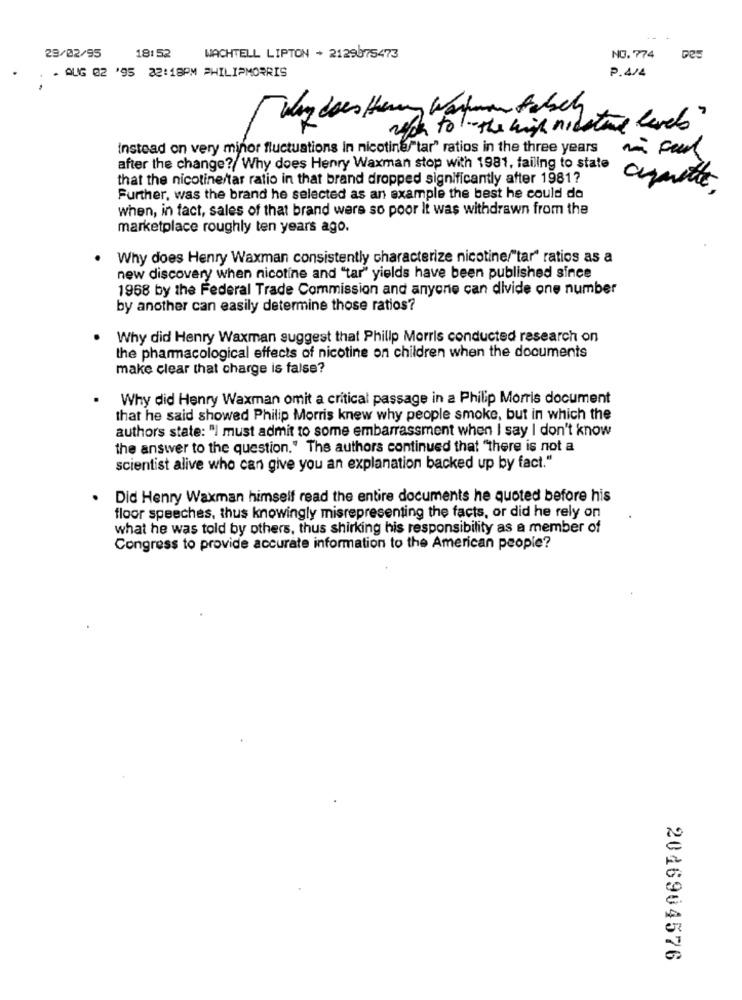
18: 52
23/02/95
WACHTELL LIPTON + 2129875473
NO.774
Des
P.4/4
.. AUG 02 '95 32:18PM PHILIPMORRIS
wych to"the high nicotine level"
Instead on very minor fluctuations In nicotine/"tar" ratios in the three years
after the change? Why does Henry Waxman stop with 1981, failing to state
that the nicotine/tar ratio in that brand dropped significantly after 1981?
aquitte
Further, was the brand he selected as an example the best he could do
when, in fact, sales of that brand were so poor It was withdrawn from the
marketplace roughly ten years ago.
Why does Henry Waxman consistently characterize nicotine/"tar" ratios as a
new discovery when nicotine and "tar" yields have been published since
1968 by the Federal Trade Commission and anyone can divide one number
by another can easily determine those ratios?
Why did Henry Waxman suggest that Philip Morris conducted research on
the pharmacological effects of nicotine on children when the documents
make clear that charge is false?
Why did Henry Waxman omit a critical passage in a Philip Morris document
that he said showed Philip Morris knew why people smoke, but in which the
authors state: "I must admit to some embarrassment when I say I don't know
the answer to the question." The authors continued that "there is not a
scientist alive who can give you an explanation backed up by fact."
Did Henry Waxman himself read the entire documents he quoted before his
floor speeches, thus knowingly misrepresenting the facts, or did he rely on
what he was told by others, thus shirking his responsibility as a member of
Congress to provide accurate information to the American people?
2016904576